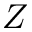
Z